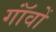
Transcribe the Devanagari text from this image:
गॉंवों